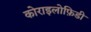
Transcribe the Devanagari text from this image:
कोराइलोफ़िडी